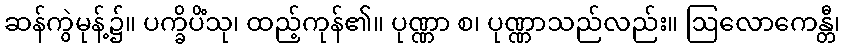
ဆန်ကွဲမုန့်၌။ ပက္ခိပိံသု၊ ထည့်ကုန်၏။ ပုဏ္ဏာ စ၊ ပုဏ္ဏာသည်လည်း။ ဩလောကေန္တီ၊